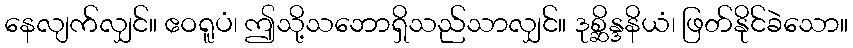
နေလျက်လျှင်။ ဧဝရူပံ၊ ဤသို့သဘောရှိသည်သာလျှင်။ ဒုစ္ဆိန္ဒနိယံ၊ ဖြတ်နိုင်ခဲသော။